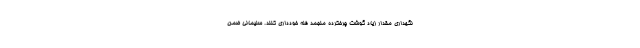
نگهداری مقدار زیاد گوشت چرخکرده منجمد فله خودداری کنند. سلیمانی ضمن